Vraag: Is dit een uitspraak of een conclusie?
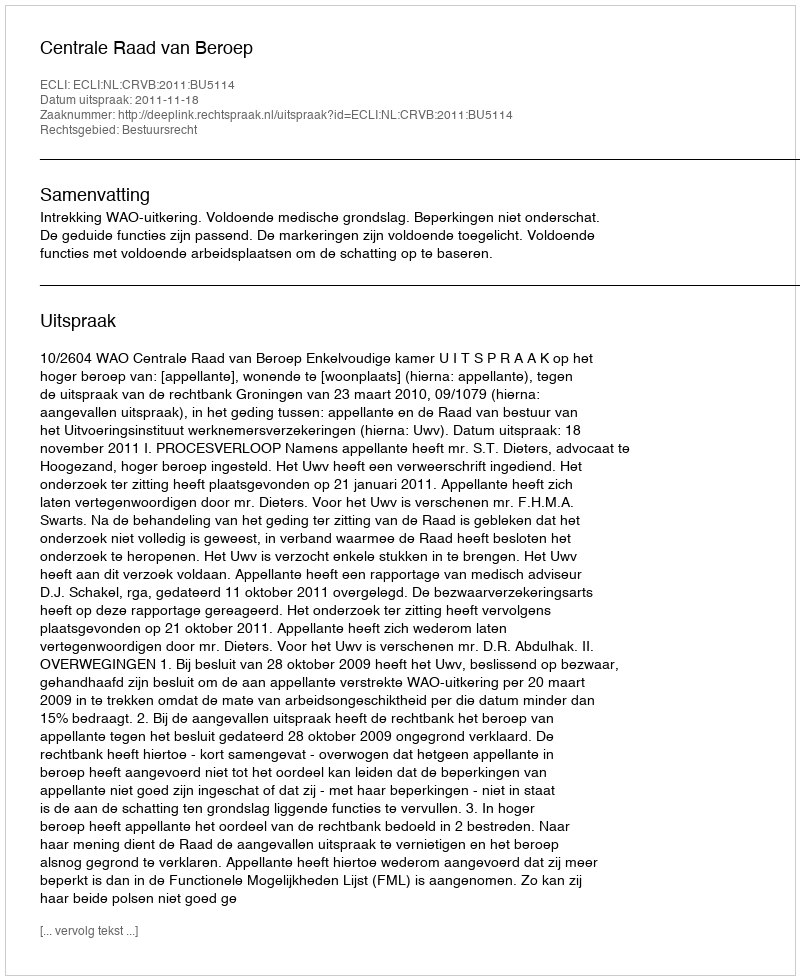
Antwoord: Uitspraak